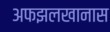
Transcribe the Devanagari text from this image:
अफझलखानास